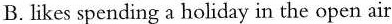
B.Likes spending a holiday in the open air